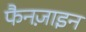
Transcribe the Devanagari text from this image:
फैनज़ाइन